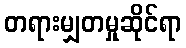
တရားမျှတမှုဆိုင်ရာ